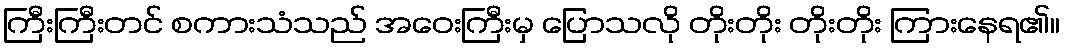
ကြီးကြီးတင် စကားသံသည် အဝေးကြီးမှ ပြောသလို တိုးတိုး တိုးတိုး ကြားနေရ၏။